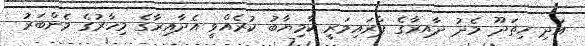
އަދި ހިތަދޫ މެދު ދާއިރާގެ ޕްރައިމަރީ ކާމިޔާބު ކުރެއްވީ އެދާއިރާގެ މިހާރުގެ މެންބަރު